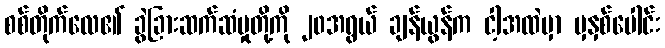
စစ်တိုက်လေ၏ ခွဲခြားဆက်ဆံမှုတို့ကို ၂၀အရွယ် ချန်ယွန်က ငါ့အထဲမှာ မှနှစ်ပေါင်း